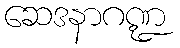
ဆေဒနာဂဏ္ဍ